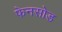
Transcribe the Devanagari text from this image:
फेनसोड